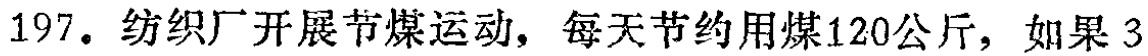
197. 纺织厂开展节煤运动，每天节约用煤120公斤，如果3